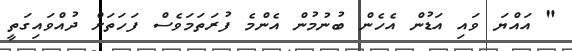
" އައްޔަ ވައި އަޑުން އެހެން ބުނުމުން އެންމެ ފުރަތަމަވެސް ފަހަތަށް ދުއްވައިގަތީ